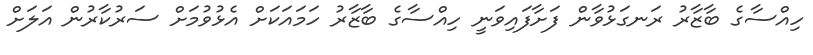
ހިއްސާގެ ބާޒާރު ރަނގަޅުވާން ފަށާފައިވަނީ ހިއްސާގެ ބާޒާރު ހަމައަކަށް އެޅުވުމަށް ސަރުކާރުން އަލަށް